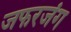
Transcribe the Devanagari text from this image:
जफरजंग